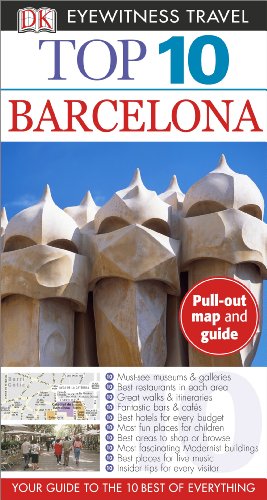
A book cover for Top 10 Barcelona (Eyewitness Top 10 Travel Guide); Annelise Sorensen; Travel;